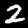
Label: 2